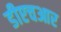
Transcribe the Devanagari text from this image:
डीएचआर